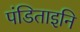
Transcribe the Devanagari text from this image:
पंडिताइनि